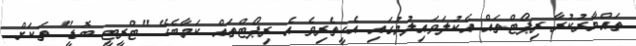
ތައްޔާރުކުރާ ރިޕޯޓްތައް އެކުލަވައިލުމުގައި އެހީތެރިވެ އެ ރިޕޯޓްތައް ކަމާބެހޭ "ޓްރީޓީ ބޮޑީ" ތަކަށް